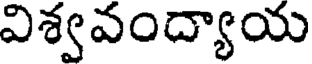
విశ్వవంద్యాయ